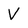
Character: V